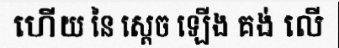
ហើយ នៃ ស្តេច ឡើង គង់ លើ